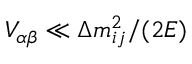
V _ { \alpha \beta } \ll \Delta m _ { i j } ^ { 2 } / ( 2 E )